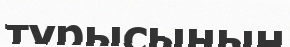
түрысының